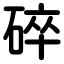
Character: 碎